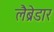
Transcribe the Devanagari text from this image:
लैब्रेडार